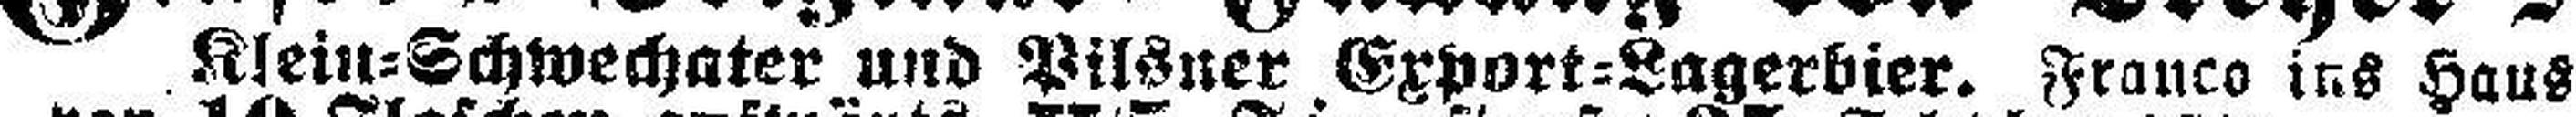
Klein=Schwechater und Pilsner Export=Lagerbier. Franco ins Haus